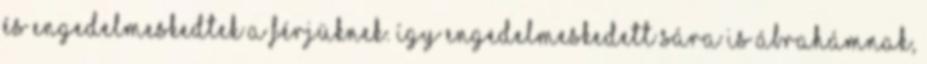
és engedelmeskedtek a férjüknek. Így engedelmeskedett Sára is Ábrahámnak,